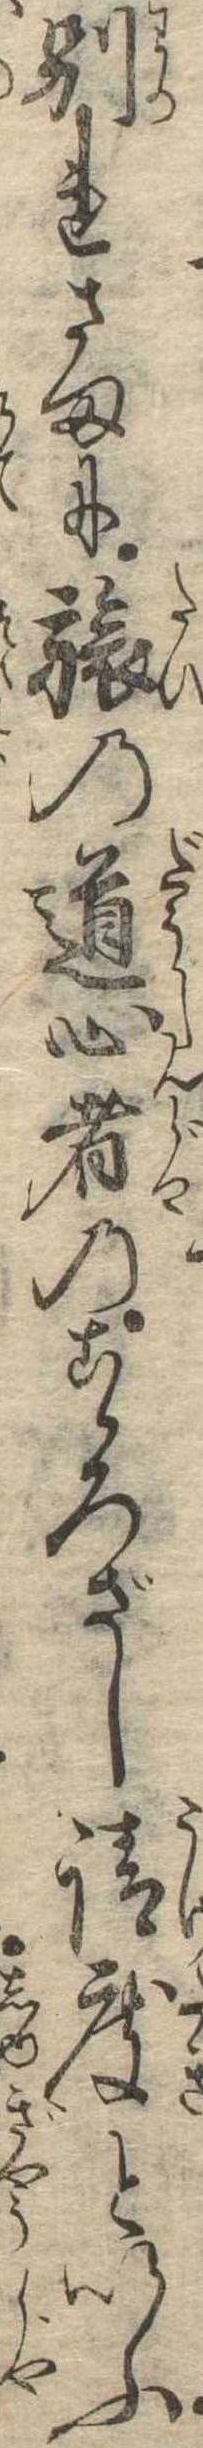
別れさまに旅の道心者のこゝろざし請度といふ